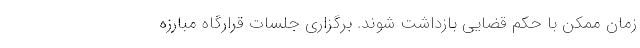
زمان ممکن با حکم قضایی بازداشت شوند. برگزاری جلسات قرارگاه مبارزه